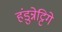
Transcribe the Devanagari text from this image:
हंडुन्नेट्टिगे